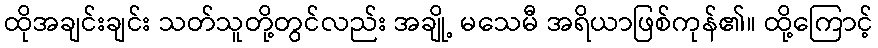
ထိုအချင်းချင်း သတ်သူတို့တွင်လည်း အချို့ မသေမီ အရိယာဖြစ်ကုန်၏။ ထို့ကြောင့်